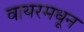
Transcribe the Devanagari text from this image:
वायरमधून